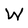
Character: W